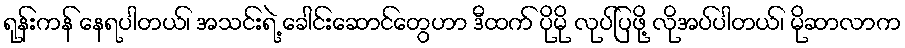
ရုန်းကန် နေရပါတယ်၊ အသင်းရဲ့ ခေါင်းဆောင်တွေဟာ ဒီထက် ပိုမို လုပ်ပြဖို့ လိုအပ်ပါတယ်၊ မိုဆာလာက